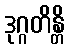
ဒုဂ္ဂတိန္တိ